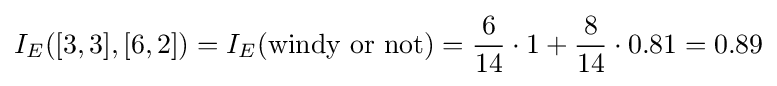
I_{E}([3,3],[6,2])=I_{E}({\text{windy or not}})={\frac {6}{14}}\cdot 1+{\frac {8}{14}}\cdot 0.81=0.89